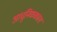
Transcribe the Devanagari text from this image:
आधुनिककाल